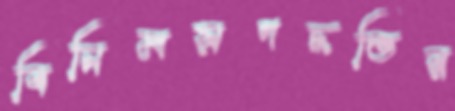
বিনিময়পদ্ধতির